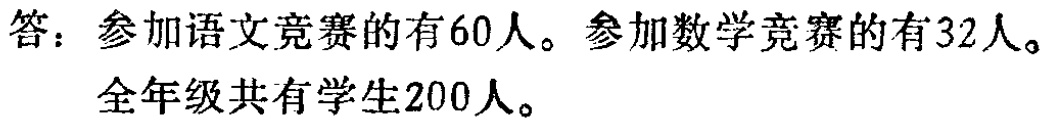
答：参加语文竞赛的有60人。参加数学竞赛的有32人。

全年级共有学生200人。